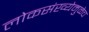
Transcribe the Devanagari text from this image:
लोकसंख्येमुळेच